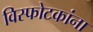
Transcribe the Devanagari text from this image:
विस्फोटकांना